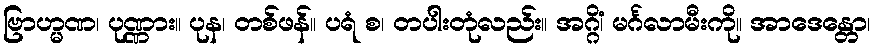
ဗြာဟ္မဏ၊ ပုဏ္ဏား။ ပုန၊ တစ်ဖန်။ ပရံ စ၊ တပါးတုံလည်း။ အဂ္ဂိံ၊ မင်္ဂလာမီးကို။ အာဒေန္တော၊